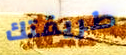
طريقتك